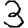
Digit: 3